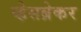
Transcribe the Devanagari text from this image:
व्हेसब्रेकर